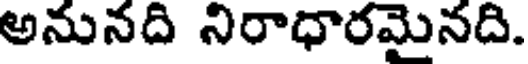
అనునది నిరాధారమైనది.